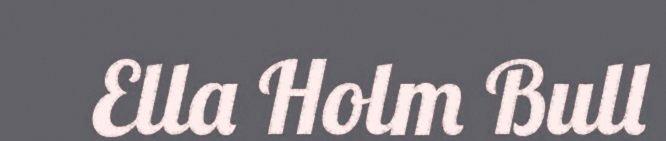
Ella Holm Bull